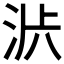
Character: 𱦟